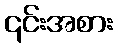
၎င်းအစား